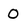
Character: 0